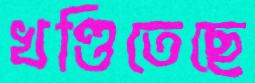
খণ্ডিতেছে